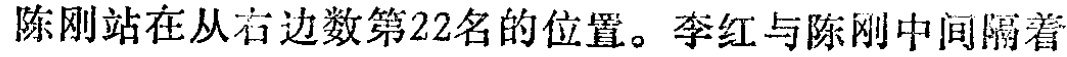
陈刚站在从右边数第22名的位置。李红与陈刚中间隔着